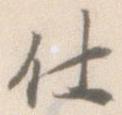
仕